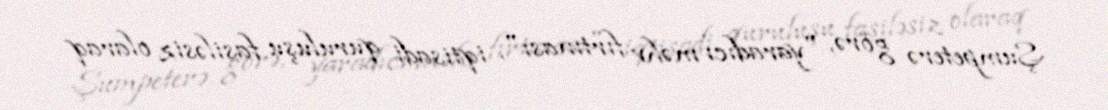
Şumpeterə görə, "yaradıcı məhv fırtınası", iqtisadi quruluşu fasiləsiz olaraq